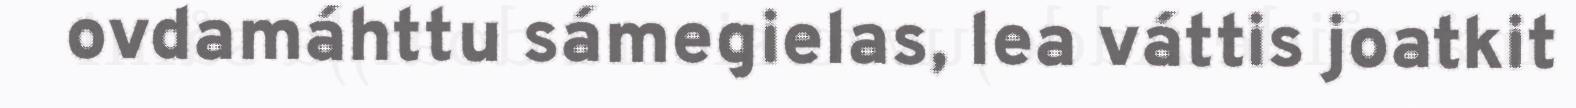
ovdamáhttu sámegielas, lea váttis joatkit